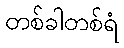
တစ်ခါတစ်ရံ